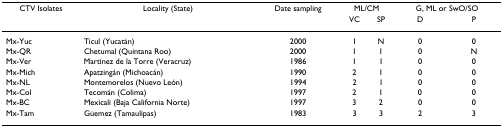
<table><thead><tr><td><b>CTV Isolates</b></td><td><b>Locality (State)</b></td><td><b>Date sampling</b></td><td colspan="2"><b>ML/CM</b></td><td colspan="2"><b>G, ML or SwO/SO</b></td></tr><tr><td></td><td></td><td></td><td><b>VC</b></td><td><b>SP</b></td><td><b>D</b></td><td><b>P</b></td></tr></thead><tbody><tr><td>Mx-Yuc</td><td>Ticul (Yucatán)</td><td>2000</td><td>1</td><td>N</td><td>0</td><td>0</td></tr><tr><td>Mx-QR</td><td>Chetumal (Quintana Roo)</td><td>2000</td><td>1</td><td>1</td><td>0</td><td>N</td></tr><tr><td>Mx-Ver</td><td>Martínez de la Torre (Veracruz)</td><td>1986</td><td>1</td><td>1</td><td>0</td><td>0</td></tr><tr><td>Mx-Mich</td><td>Apatzingán (Michoacán)</td><td>1990</td><td>2</td><td>1</td><td>0</td><td>0</td></tr><tr><td>Mx-NL</td><td>Montemorelos (Nuevo León)</td><td>1994</td><td>2</td><td>1</td><td>0</td><td>0</td></tr><tr><td>Mx-Col</td><td>Tecomán (Colima)</td><td>1997</td><td>2</td><td>1</td><td>0</td><td>0</td></tr><tr><td>Mx-BC</td><td>Mexicali (Baja California Norte)</td><td>1997</td><td>3</td><td>2</td><td>0</td><td>0</td></tr><tr><td>Mx-Tam</td><td>Güemez (Tamaulipas)</td><td>1983</td><td>3</td><td>3</td><td>2</td><td>3</td></tr></tbody></table>